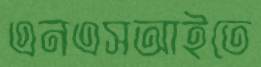
এনএসআইতে